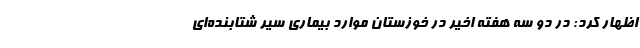
اظهار کرد: در دو سه هفته اخیر در خوزستان موارد بیماری سیر شتابنده‌ای